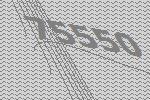
75550